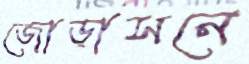
জোড়াসনে